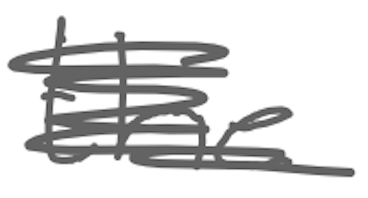
Text: the
Cross-out: scratch
Writing tool: digital_gray